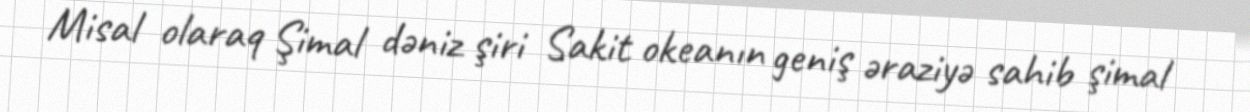
Misal olaraq Şimal dəniz şiri Sakit okeanın geniş əraziyə sahib şimal